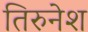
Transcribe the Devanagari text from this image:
तिरुनेश